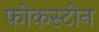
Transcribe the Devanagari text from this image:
फोकस्टोन